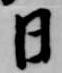
日